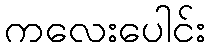
ကလေးပေါင်း